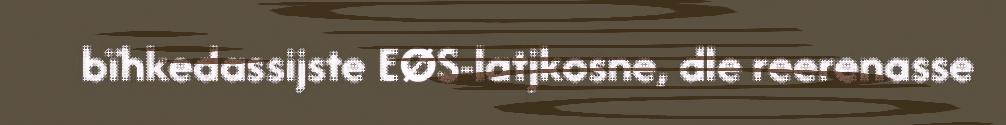
bïhkedassijste EØS-latjkosne, dle reerenasse